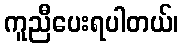
ကူညီပေးရပါတယ်၊